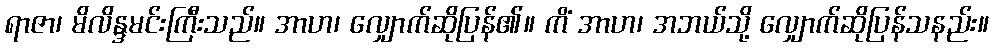
ရာဇာ၊ မိလိန္ဒမင်းကြီးသည်။ အာဟ၊ လျှောက်ဆိုပြန်၏။ ကိံ အာဟ၊ အဘယ်သို့ လျှောက်ဆိုပြန်သနည်း။